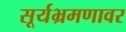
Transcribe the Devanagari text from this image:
सूर्यभ्रमणावर